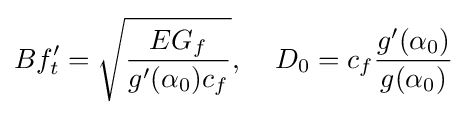
Bf'_{t}={\sqrt {\frac {EG_{f}}{g'(\alpha _{0})c_{f}}}},\;\;\;\;D_{0}=c_{f}{\frac {g'(\alpha _{0})}{g(\alpha _{0})}}